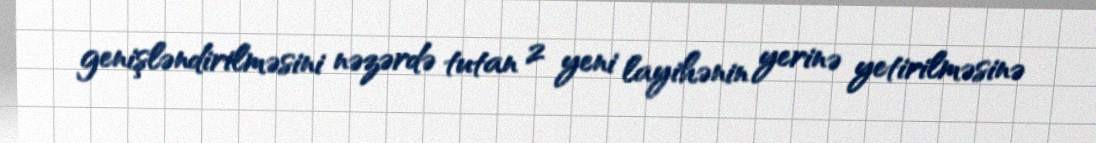
genişləndirilməsini nəzərdə tutan 2 yeni layihənin yerinə yetirilməsinə